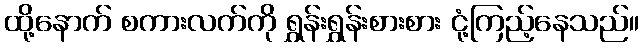
ထို့နောက် စကားလက်ကို ရွှန်းရွှန်းစားစား ငုံ့ကြည့်နေသည်။